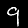
Label: 9